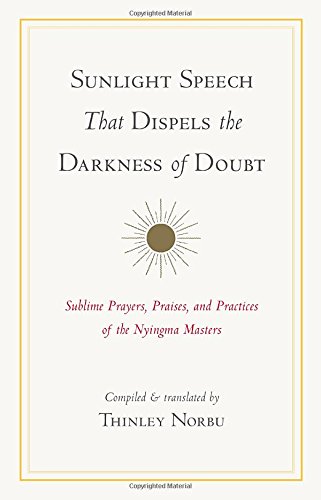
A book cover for Sunlight Speech That Dispels the Darkness of Doubt: Sublime Prayers, Praises, and Practices of the Nyingma Masters; Politics & Social Sciences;